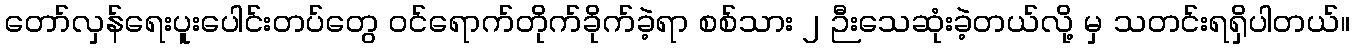
တော်လှန်ရေးပူးပေါင်းတပ်တွေ ဝင်ရောက်တိုက်ခိုက်ခဲ့ရာ စစ်သား ၂ ဉီးသေဆုံးခဲ့တယ်လို့ မှ သတင်းရရှိပါတယ်။